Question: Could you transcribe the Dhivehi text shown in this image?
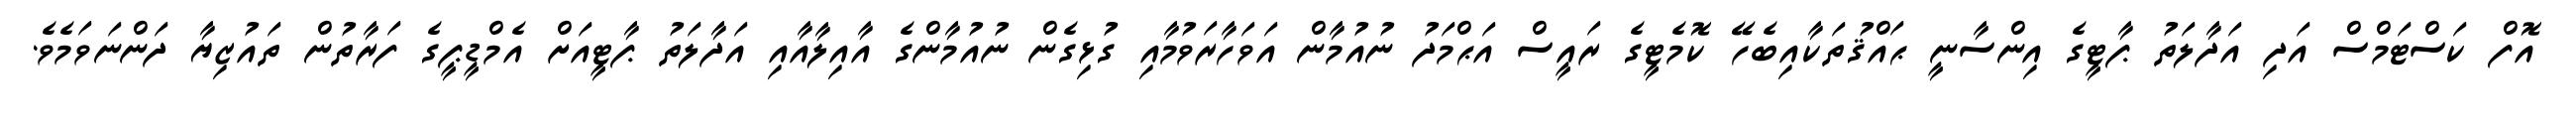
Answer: އޮފް ކަސްޓަމްސް އަދި އަދާލަތު ޕާޓީގެ އިންސާނީ ޙައްޤުތަކާއިބެހޭ ކޮމެޓީގެ ރައީސް އަޙްމަދު ނުއުމާން އަވަހާރަވުމާއި ގުޅިގެން ނުއުމާންގެ އާއިލާއާއި އަދާލަތު ޕާޓީއަށް އެމްޑީޕީގެ ފަރާތުން ތައުޒިޔާ ދަންނަވަމެވެ.